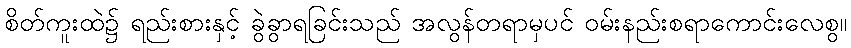
စိတ်ကူးထဲ၌ ရည်းစားနှင့် ခွဲခွာရခြင်းသည် အလွန်တရာမှပင် ဝမ်းနည်းစရာကောင်းလေစွ။